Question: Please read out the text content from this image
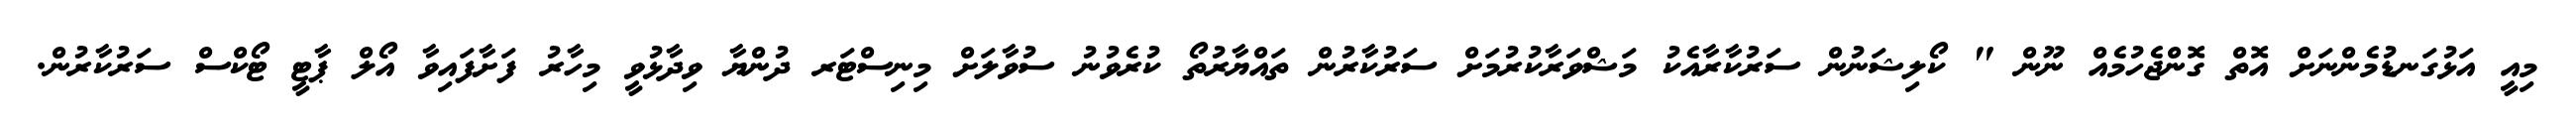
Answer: މިއީ އަޅުގަނޑުމެންނަށް އޮތް ގޮންޖެހުމެއް ނޫން " ކޯލިޝަނުން ސަރުކާރާއެކު މަޝްވަރާކުރުމަށް ސަރުކާރުން ތައްޔާރުތޯ ކުރެވުނު ސުވާލަށް މިނިސްޓަރ ދުންޔާ ވިދާޅުވީ މިހާރު ފަށާފައިވާ އޯލް ޕާޓީ ޓޯކްސް ސަރުކާރުން.